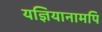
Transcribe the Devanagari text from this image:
यज्ञियानामपि